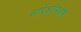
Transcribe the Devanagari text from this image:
सापेक्षतेमधील